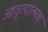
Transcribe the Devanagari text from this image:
आवृत्यात्मक